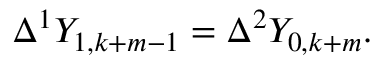
\Delta ^ { 1 } Y _ { 1 , k + m - 1 } = \Delta ^ { 2 } Y _ { 0 , k + m } .